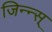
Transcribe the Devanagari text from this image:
जिन्न्स्